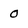
Character: 0